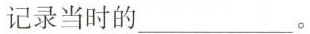
记录当时的___。